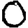
Digit: 0